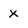
Character: x